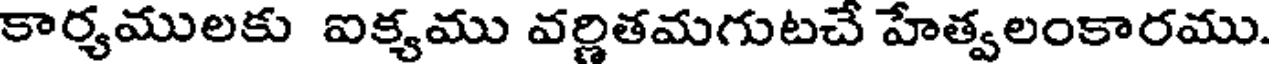
కార్యములకు ఐక్యము వర్ణితమగుటచే హేత్వలంకారము.